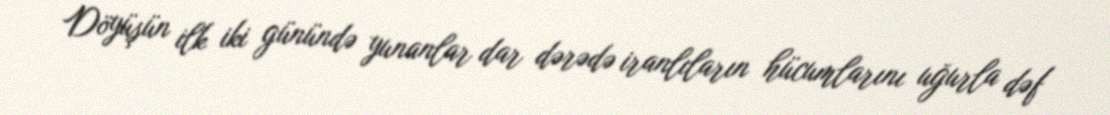
Döyüşün ilk iki günündə yunanlar dar dərədə iranlıların hücumlarını uğurla dəf